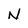
Character: N